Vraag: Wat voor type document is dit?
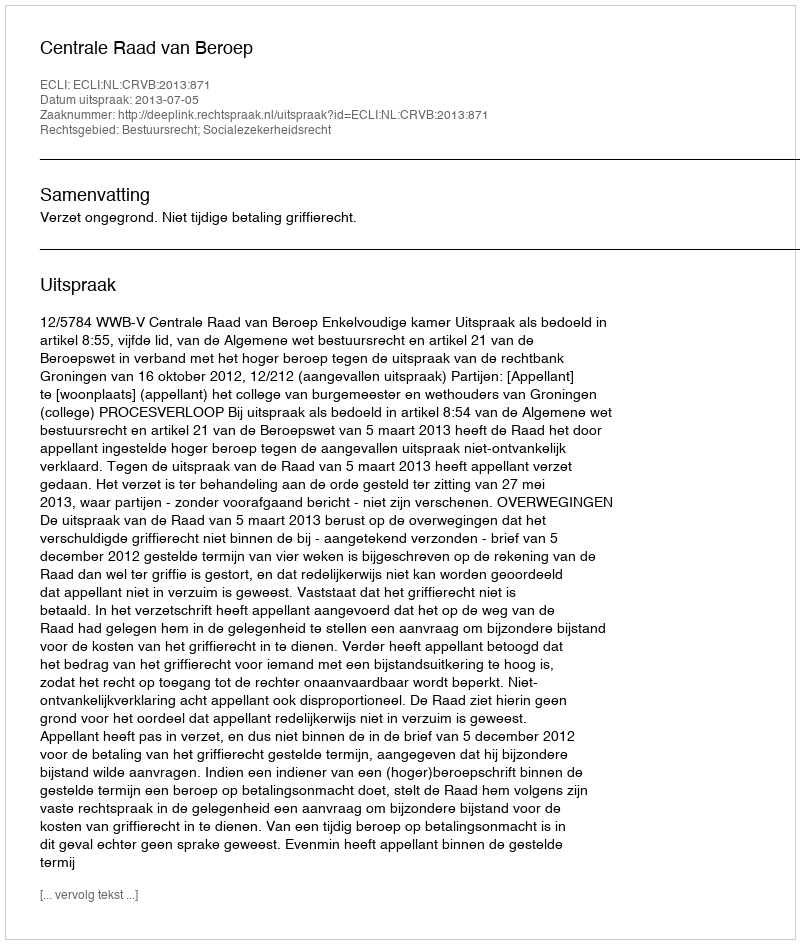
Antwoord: Uitspraak